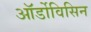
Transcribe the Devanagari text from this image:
ऑर्डोविसिन